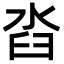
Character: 㳫